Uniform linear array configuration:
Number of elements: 64
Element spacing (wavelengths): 1
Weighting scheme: hamming
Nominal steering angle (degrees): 30
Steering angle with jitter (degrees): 30.999
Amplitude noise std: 0.05
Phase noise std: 0.05

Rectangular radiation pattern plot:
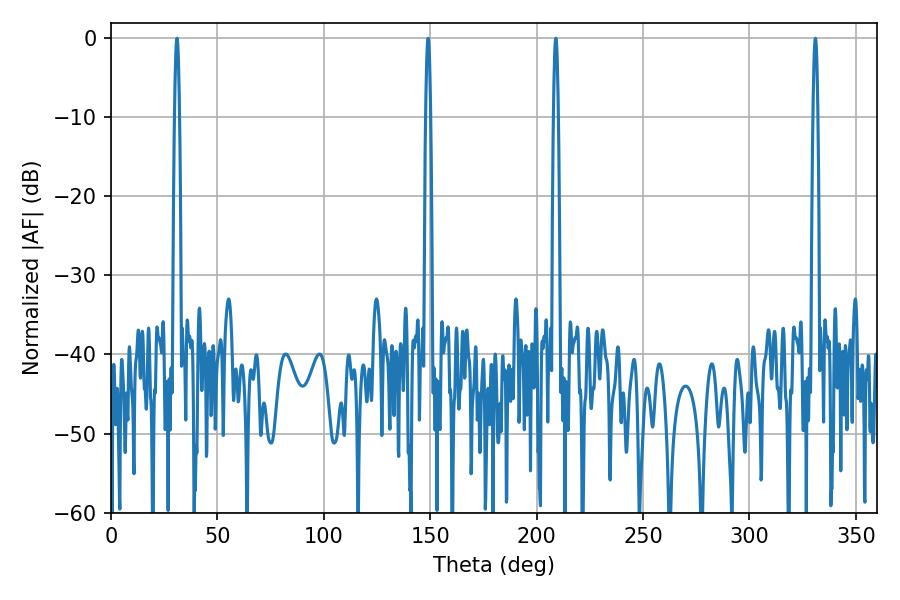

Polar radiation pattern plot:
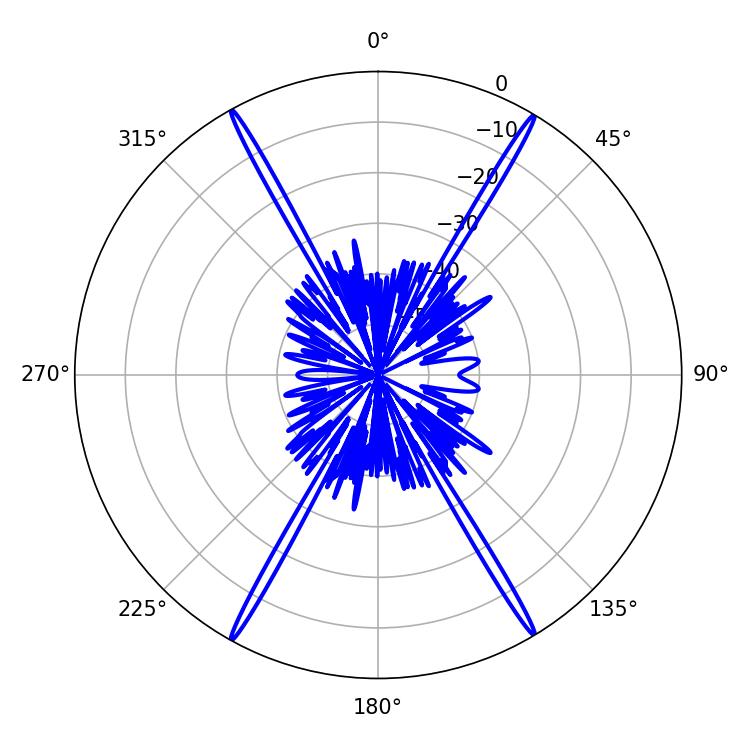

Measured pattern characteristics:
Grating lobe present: TRUE
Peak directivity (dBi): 29.934
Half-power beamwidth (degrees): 1.08
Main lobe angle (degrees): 208.98